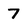
Character: 7